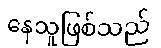
နေသူဖြစ်သည်